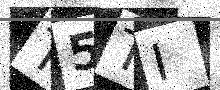
Text: T5TI